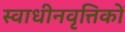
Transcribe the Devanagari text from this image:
स्वाधीनवृत्तिकों